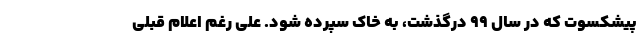
پیشکسوت که در سال 99 درگذشت، به خاک سپرده شود. علی رغم اعلام قبلی